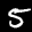
Label: 5